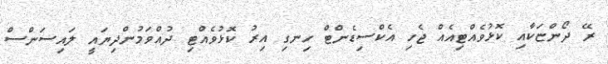
ރޭ ދޯންޏަކާއި ކޮޅުވެއްޓިއެއް ޖެހި އެކްސިޑެންޓް ހިނގި އިރު ކޮޅުވެއްޓި ދުއްވަމުންދިޔައީ ލައިސަންސް